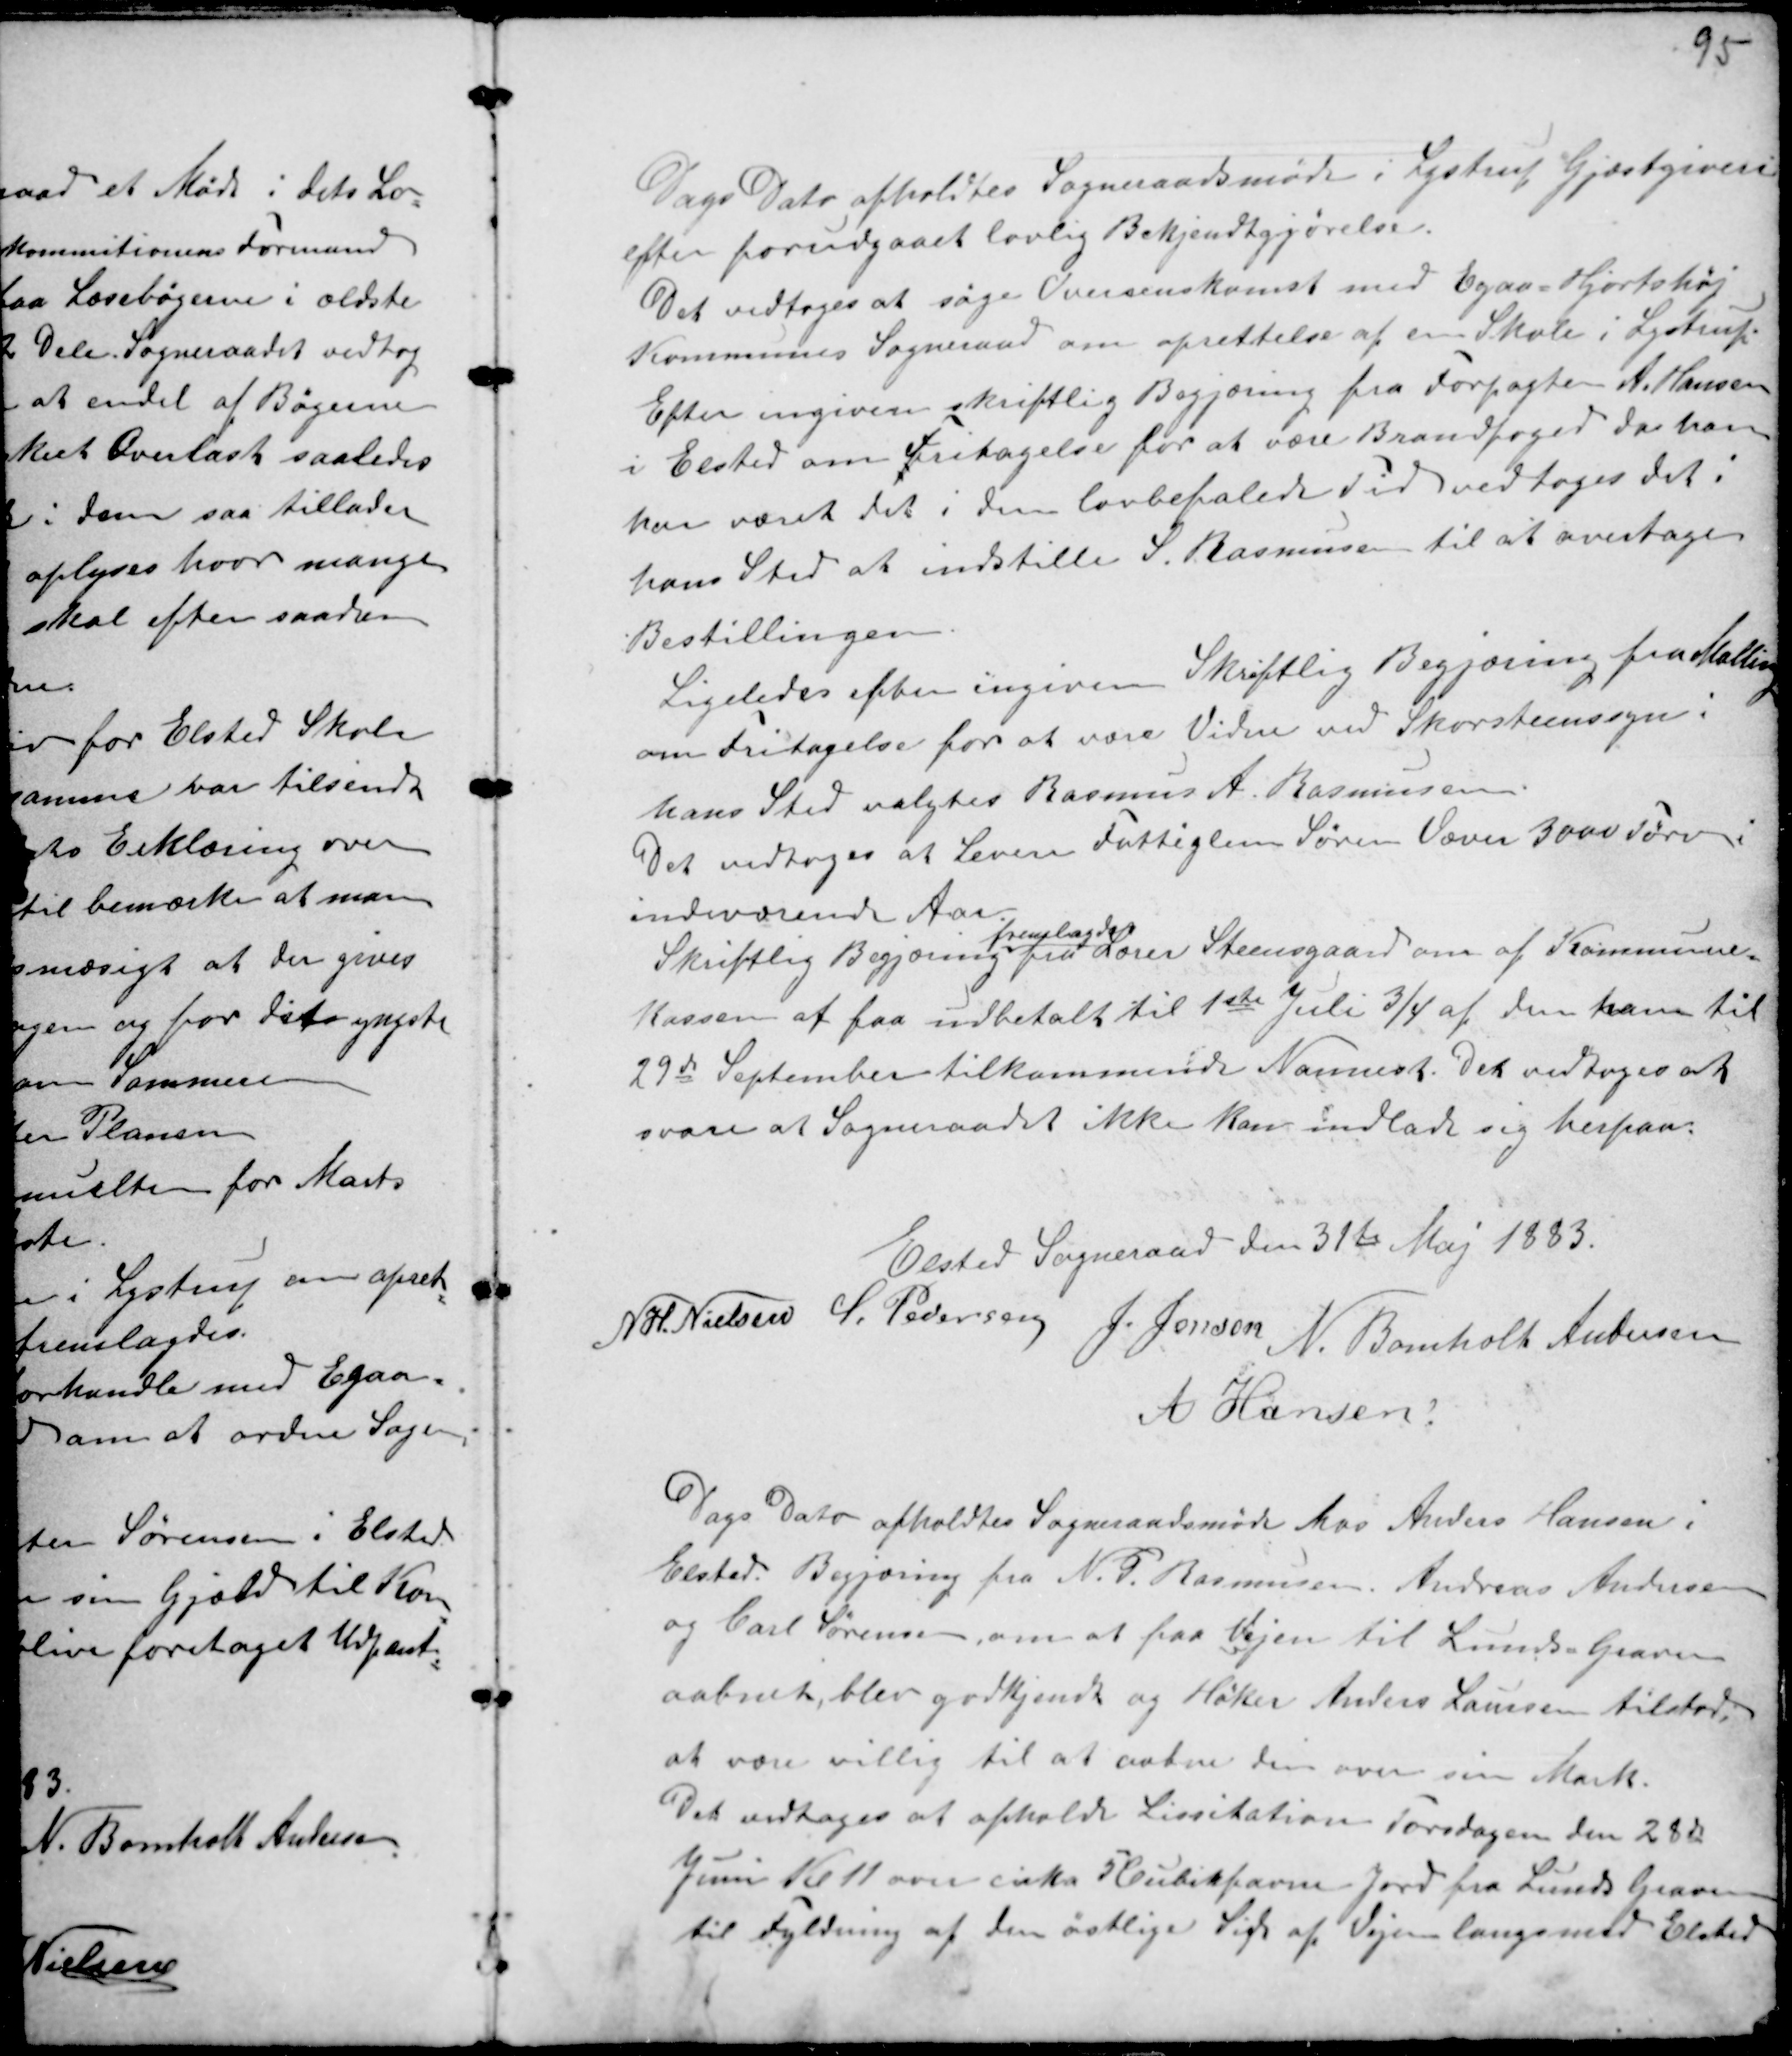
Transskription:
Dags Dato afholdtes Sogneraadsmøde i Lystrup Gjæstgiveri
efter forudgaaet lovlig Bekjendtgjørelse.
Det vedtoges at søge Overenskomst med Egaa - Hjortshøj
Kommunes Sogneraad om oprettelse af en Skole i Lystrup.
Efter ingiven skriftlig Begjæring fra Forpagter A. Hansen
i Elsted om Fritagelse for at være Brandfoged da han
har været det i den lovbefalede Tid vedtoges det i
hans Sted at indstille S. Rasmussen til at overtage
Bestillingen.
Ligeledes efter ingiven Skriftlig Begjæring fra Malling
om Fritagelse for at være Vidne ved Skorsteenssyn i
hans Sted valgtes Rasmus A. Rasmussen.
Det vedtoges at Levere Fattiglem Søren Væver 3000 Tørv i
indeværende Aar.
Skriftlig Begjæring
fremlagdes
fra Lærer Steensgaard om af Kommune-
Kassen at faa udbetalt til 1ste juli ¾ af den ham til
29de September tilkommende Nannest. Det vedtoges at
svare at Sogneraadet ikke kan indlade sig herpaa:

Elsted Sogneraad den 31te Maj 1883.
N H. Nielsen S. Pedersen J. Jensen N. Bomholt Andersen
A Hansen

Dags Dato afholdtes Sogneraadsmøde hos Anders Hansen i
Elsted. Begjæring fra N. P. Rasmussen. Andreas Andersen
og Carl Sørensen om at faa Vejen til Lunds-Graven
aabnet blev godkjendt og Høker Anders Laursen tilstod;
at være villig til at aabne den over sin Mark.
Det vedtoges at afholde Lissitation Torsdagen den 28de
Juni Kl 11 over cirka 5 Cubikfavne Jord fra Lunds Graven
til Fyldning af den østlige Side af Vejen langsmed Elsted